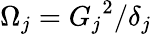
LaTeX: \Omega_{j}={G_{j}}^{2}/\delta_{j}